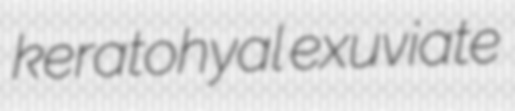
keratohyal exuviate